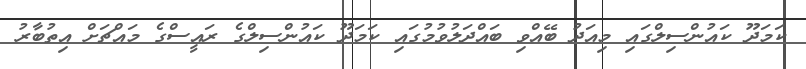
ކަަމަދޫ ކައުންސިލްގައި މިއަދު ބޭއްވި ބައްދަލުވުމުގައި ކަމަދޫ ކައުންސިލްގެ ރައީސްގެ މައްޗަށް އިތުބާރު